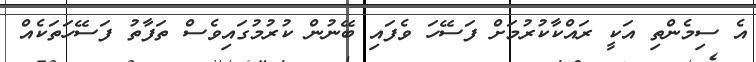
އެ ސިމެންތި އަކީ ރައްކާކުރުމަށް ފަސޭހަ ވެފައި ބޭނުން ކުރުމުގައިވެސް ތަފާތު ފަސޭހަތަކެއް